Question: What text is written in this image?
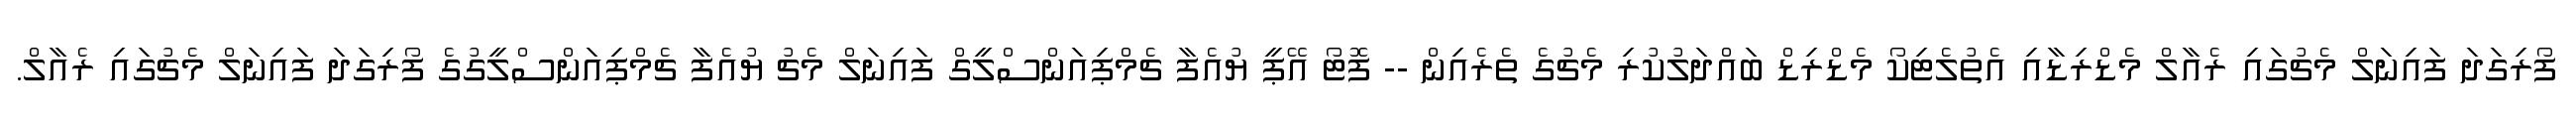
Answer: ފޯރިގަދަ ފައިނަލް މެޗުގައި ރެއާލް މެޑްރިޑާއި އެތުލެޓިކޯ މެޑްރިޑް ބައްދަލުކުރި މެޗުގެ ތެރެއިން -- ފޮޓޯ އޭޕީ ޔުއެފާ ޗެމްޕިއަންސްލީގް ފައިނަލް މެޗު ޔުއެފާ ޗެމްޕިއަންސްލީގުގެ ފޯރިގަދަ ފައިނަލް މެޗުގައި ރެއާލް.